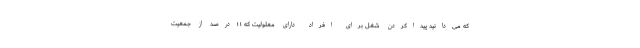
که می‌دانید پیداکردن شغل برای افراد دارای معلولیت که ۱۱درصد از جمعیت